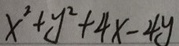
x ^ { 2 } + y ^ { 2 } + 4 x - 4 y